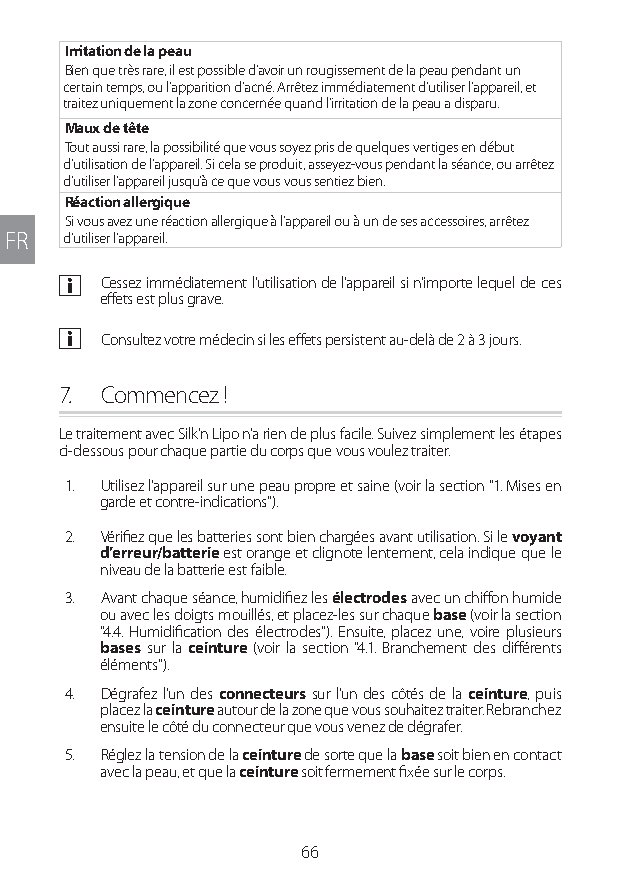
Irritation de la peau
 Bien que très rare, il est possible d’avoir un rougissement de la peau pendant un
 certain temps, ou l’apparition d’acné. Arrêtez immédiatement d’utiliser l’appareil, et
 traitez uniquement la zone concernée quand l’irritation de la peau a disparu.
 Maux de tête
 Tout aussi rare, la possibilité que vous soyez pris de quelques vertiges en début
 d’utilisation de l’appareil. Si cela se produit, asseyez-vous pendant la séance, ou arrêtez
 d’utiliser l’appareil jusqu’à ce que vous vous sentiez bien.
 Réaction allergique
 Si vous avez une réaction allergique à l’appareil ou à un de ses accessoires, arrêtez
 FR  d’utiliser l’appareil.
 a Cessez immédiatement l’utilisation de l’appareil si n’importe lequel de ces
 effets est plus grave.
 a Consultez votre médecin si les effets persistent au-delà de 2 à 3 jours.
 7. Commencez !
 Le traitement avec Silk'n Lipo n’a rien de plus facile. Suivez simplement les étapes
 ci-dessous pour chaque partie du corps que vous voulez traiter.
 1. Utilisez l’appareil sur une peau propre et saine (voir la section "1. Mises en
 garde et contre-indications").
 2. Vérifiez que les batteries sont bien chargées avant utilisation. Si le voyant
 d’erreur/batterie est orange et clignote lentement, cela indique que le
 niveau de la batterie est faible.
 3. Avant chaque séance, humidifiez les électrodes avec un chiffon humide
 ou avec les doigts mouillés, et placez-les sur chaque base (voir la section
 "4.4. Humidification des électrodes"). Ensuite, placez une, voire plusieurs
 bases sur la ceinture (voir la section "4.1. Branchement des différents
 éléments").
 4. Dégrafez l’un des connecteurs sur l’un des côtés de la ceinture, puis
 placez la ceinture autour de la zone que vous souhaitez traiter. Rebranchez
 ensuite le côté du connecteur que vous venez de dégrafer.
 5. Réglez la tension de la ceinture de sorte que la base soit bien en contact
 avec la peau, et que la ceinture soit fermement fixée sur le corps.
 66
 Lipo UM EU124 3545B inside ALL EU124 ED296-24 release.indd 66 14/08/2018 10:57:36